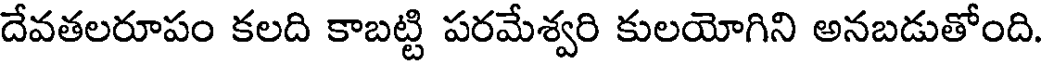
దేవతలరూపం కలది కాబట్టి పరమేశ్వరి కులయోగిని అనబడుతోంది.